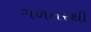
ગળતરથી